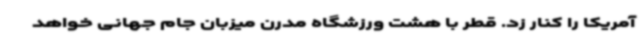
آمریکا را کنار زد. قطر با هشت ورزشگاه مدرن میزبان جام‌ جهانی خواهد